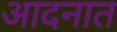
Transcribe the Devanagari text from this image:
आदनात